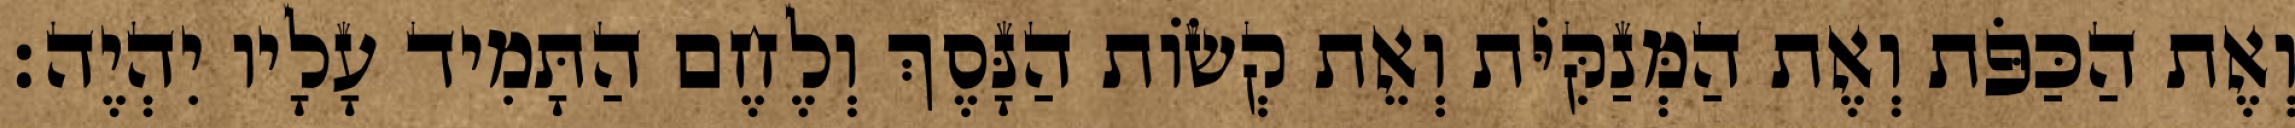
וְאֶת הַכַּפֹּת וְאֶת הַמְּנַקִּיֹּת וְאֵת קְשׂוֹת הַנָּסֶךְ וְלֶחֶם הַתָּמִיד עָלָיו יִהְיֶה׃